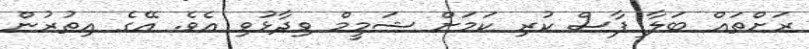
ރަށްތައް ބަލާ ފާސް ކުރި ކަމަށް ޝަމީމް ވިދާޅުވި އެވެ. އޭގެ އިތުރުން